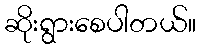
ဆိုးရွားစေပါတယ်။